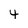
Character: 4